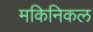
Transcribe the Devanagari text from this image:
मकिनिकल